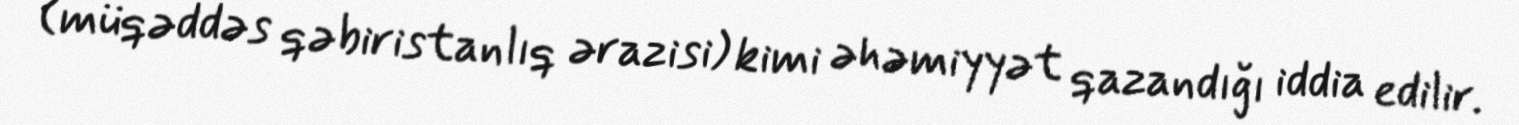
(müqəddəs qəbiristanlıq ərazisi) kimi əhəmiyyət qazandığı iddia edilir.